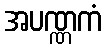
အပဏ္ဏကံ